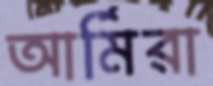
আর্মিরা